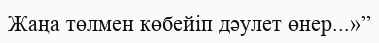
Жаңа төлмен көбейіп дәулет өнер...»”